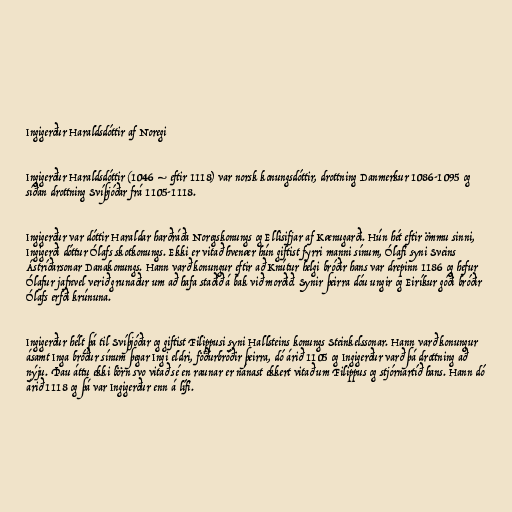
Ingigerður Haraldsdóttir af Noregi

Ingigerður Haraldsdóttir (1046 – eftir 1118) var norsk konungsdóttir, drottning Danmerkur 1086-1095 og
síðan drottning Svíþjóðar frá 1105-1118.

Ingigerður var dóttir Haraldar harðráða Noregskonungs og Ellisifjar af Kænugarði. Hún hét eftir ömmu sinni,
Ingigerði dóttur Ólafs skotkonungs. Ekki er vitað hvenær hún giftist fyrri manni sínum, Ólafi syni Sveins
Ástríðarsonar Danakonungs. Hann varð konungur eftir að Knútur helgi bróðir hans var drepinn 1186 og hefur
Ólafur jafnvel verið grunaður um að hafa staðið á bak við morðið. Synir þeirra dóu ungir og Eiríkur góði bróðir
Ólafs erfði krúnuna.

Ingigerður hélt þá til Svíþjóðar og giftist Filippusi syni Hallsteins konungs Steinkelssonar. Hann varð konungur
ásamt Inga bróður sínum þegar Ingi eldri, föðurbróðir þeirra, dó árið 1105 og Ingigerður varð þá drottning að
nýju. Þau áttu ekki börn svo vitað sé en raunar er nánast ekkert vitað um Filippus og stjórnartíð hans. Hann dó
árið 1118 og þá var Ingigerður enn á lífi.